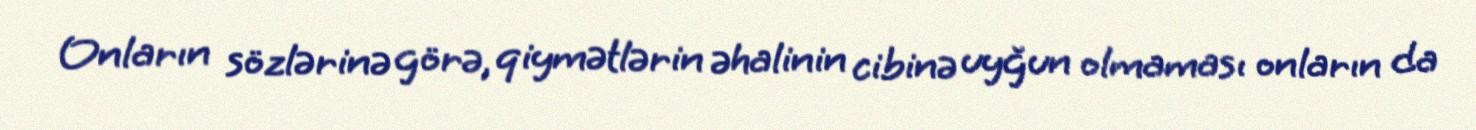
Onların sözlərinə görə, qiymətlərin əhalinin cibinə uyğun olmaması onların da